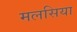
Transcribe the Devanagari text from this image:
मलसिया